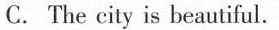
C. The city is beautiful.